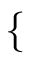
\begin{array} { r } { \mathopen { } \mathclose \bgroup \left\{ \begin{array} { r l } \end{array} \aftergroup \egroup \right. } \end{array}